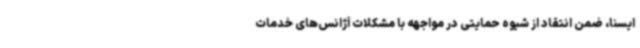
ایسنا، ضمن انتقاد از شیوه حمایتی در مواجهه با مشکلات آژانس‌های خدمات